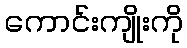
ကောင်းကျိုးကို